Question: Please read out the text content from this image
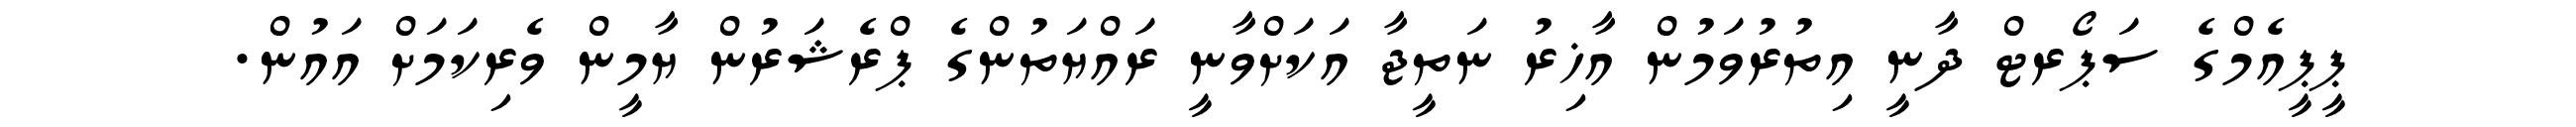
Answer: ޕީޕީއެމްގެ ސަޕޯރޓް ދާނީ އިތުރުވަމުން އާޚިރު ނަތީޖާ އަކަށްވާނީ ރައްޔަތުންގެ ޕްރެޝަރުން ޔާމީން ވެރިކަމަށް އައުން.